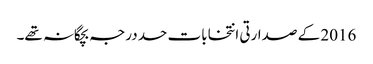
2016 کے صدارتی انتخابات حد درجہ بچگانہ تھے۔